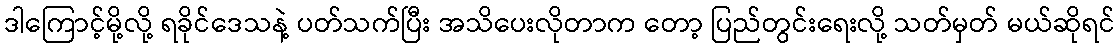
ဒါကြောင့်မို့လို့ ရခိုင်ဒေသနဲ့ ပတ်သက်ပြီး အသိပေးလိုတာက တော့ ပြည်တွင်းရေးလို့ သတ်မှတ် မယ်ဆိုရင်